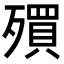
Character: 𣩥